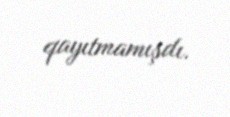
qayıtmamışdı.